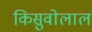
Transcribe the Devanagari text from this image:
किसुवोलाल